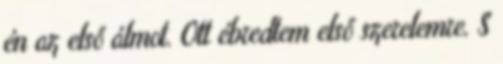
én az első álmot. Ott ébredtem első szerelemre. S